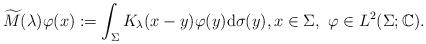
LaTeX: \begin{align*} \widetilde{M}(\lambda) \varphi(x) := \int_\Sigma K_\lambda(x - y) \varphi(y) \mathrm{d} \sigma(y), x \in \Sigma, ~\varphi \in L^2(\Sigma; \mathbb{C}).\end{align*}